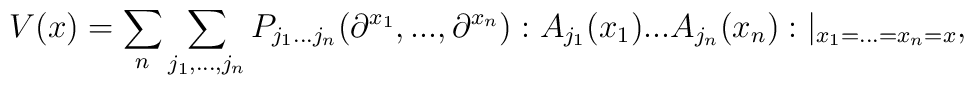
V(x)=\sum_{n}\sum_{j_{1},...,j_{n}}P_{j_{1}...j_{n}}(\partial^{x_{1}},...,\partial^{x_{n}}):A_{j_{1}}(x_{1})...A_{j_{n}}(x_{n}):|_{x_{1}=...=x_{n}=x},